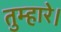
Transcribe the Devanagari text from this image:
तुम्हारे।